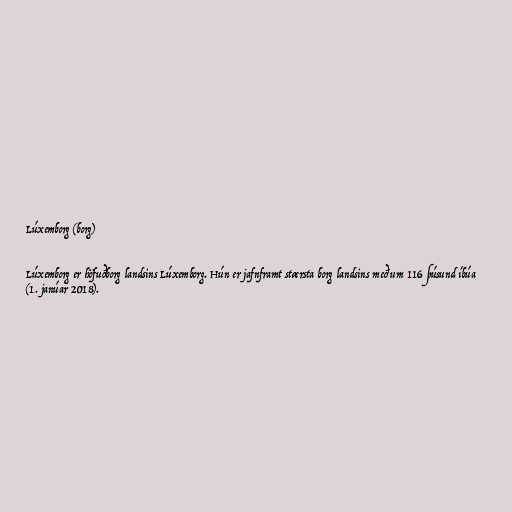
Lúxemborg (borg)

Lúxemborg er höfuðborg landsins Lúxemborg. Hún er jafnframt stærsta borg landsins með um 116 þúsund íbúa
(1. janúar 2018).